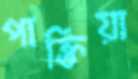
পাক্তিয়া